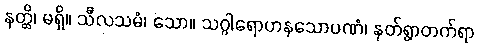
နတ္ထိ၊ မရှိ။ သီလသမံ၊ သော။ သဂ္ဂါရောဟနသောပဏံ၊ နတ်ရွာတက်ရာ